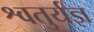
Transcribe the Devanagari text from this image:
श्वतुर्यज्ञ